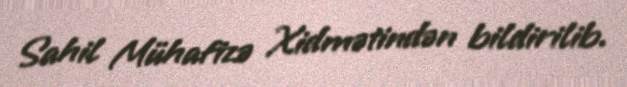
Sahil Mühafizə Xidmətindən bildirilib.